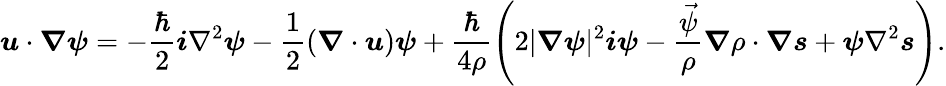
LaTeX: \boldsymbol{u}\cdot\boldsymbol{\nabla}\boldsymbol{\psi}=-\frac{\hbar}{2}\boldsymbol{i}\nabla^{2}\boldsymbol{\psi}-\frac 12(\boldsymbol{\nabla}\cdot\boldsymbol{u})\boldsymbol{\psi}+\frac{\hbar}{4\rho}\left(2|\boldsymbol{\nabla}\boldsymbol{\psi}|^{2}\boldsymbol{i\psi}-\frac{\vec{\psi}}{\rho}\boldsymbol{\nabla}\rho\cdot\boldsymbol{\nabla}\boldsymbol{s}+\boldsymbol{\psi}\nabla^{2}\boldsymbol{s}\right).